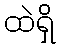
ထဲရှိ